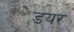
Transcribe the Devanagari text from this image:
डयर